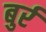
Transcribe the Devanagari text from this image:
बुर्र